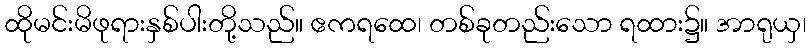
ထိုမင်းမိဖုရားနှစ်ပါးတို့သည်။ ဧကရထေ၊ တစ်ခုတည်းသော ရထား၌။ အာရုယှ၊